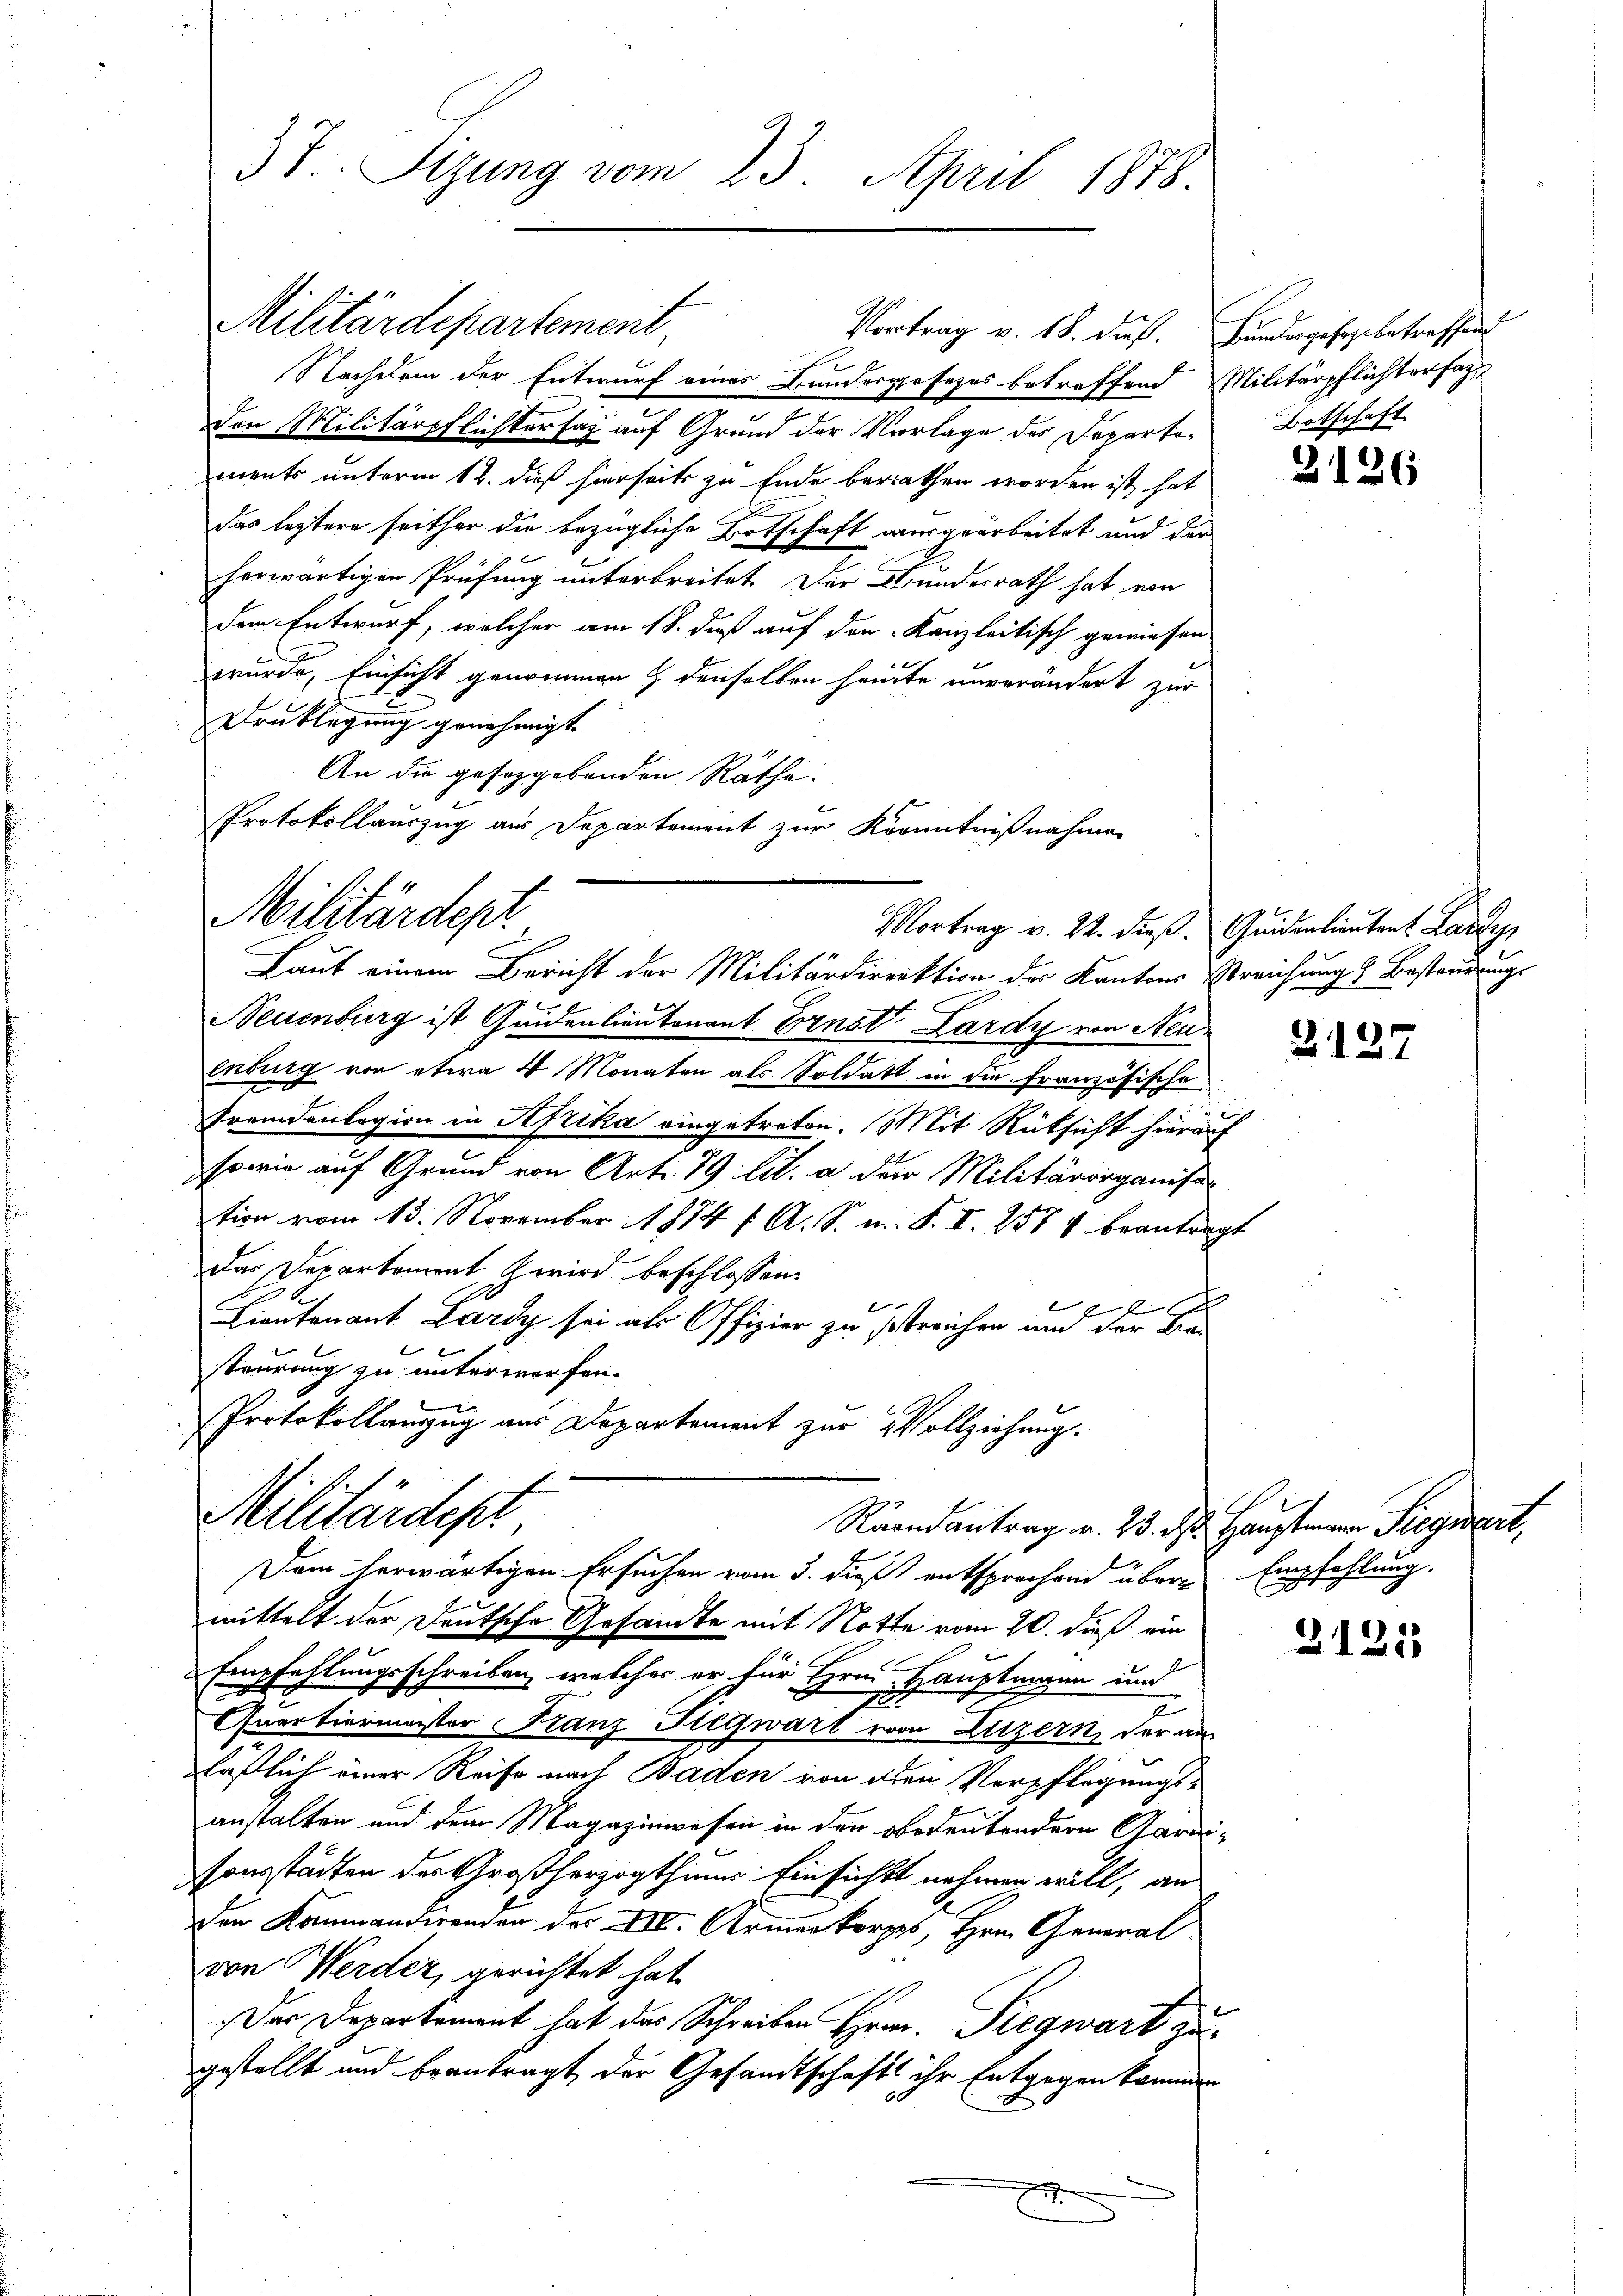
37. Sizung vom 23. April 1878.

den Militärpflichter sag auf Grund der Vorlage des Departements unterm 12. dieß hierseits zu Ende berrathen worden ist hat
das leztere seither die bezügliche Botschaft ausgearbeitet und der
herwärtigen Prüfung unterbreitet. Der Bundesrath hat von
dem Entwurf, welcher am 18. daß auf den Kanzleitisch gewiesen
i
wurde, Einsicht genommen & denselben heute unverändert zur
Druklegung genehmigt.
An die gesetzgebenden Räthe:
Protokollauszug aus Departement zur Kenntnißnahmen

Militärdepartement,

Militärdept
Mortrag v. 22. dieß. Quidealientent Lardy,

Laut einem Bericht der Militärdirrektion der Kantons Breichung & Besteurungs
Neuenburg ist Quidenlieutenant Ernst Lardy von Neuenburg von etwa 4 Monaten als Soldatt in die Französische
Fremdenlagion in Afrika eingetreten. Mit Rücksicht hierauf
sowie auf Grund von Art. 79 lit. a der Militärorganiste
tion vom 13. November 1814 f. A. S. n. F. I. 257 & beantragt
das Departement wird beschlossen:
7
2
Lieutenant Lardy sei als Offizier zu streichen und der Be-
steurung zu unterwerfen.
Protokollauszug aus Departement zur Vollziehung.

Vortrag v. 18. dieß. Bundergesez betreffend
Nachdem der Entwurf eines Bundesgesezes betreffend Militärpflichtersag

Militärdept
Raandantrag v. 25. ds. Hauptmann Siegwart,
Dem herwärtigen Ersuchen vom 3. dieß entsprochend über Empfehlung.

mittelt der Deutsche Gesandte mit Notte vom 20. dieß ein
Empfehlungsschreiben, welcher er für Hrn. Hauptmann und
3
2
Quartiermastor Franz Siegwart von Luzern, der au
laßlich einer Reise nach Baden von den Verpflegungsanstalten und dem Magazinwesen in den obedeutendern Garnisonsstädten des Großherzogthums Einsichtt nehmen will, an
den Kommandirenden der XII. Armenkorps, Hrn. General
von Werder, gerichtet hat.
Der Departement hat das Schreiben Hrn. Siegwart zugestellt und beantragt der Gesandtschafts ihr Entgegen kommen
E

Botschaft

2126

Z.127

2121